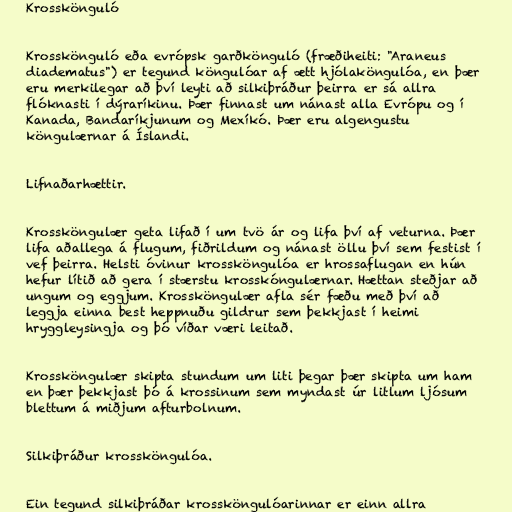
Krosskönguló

Krosskönguló eða evrópsk garðkönguló (fræðiheiti: "Araneus
diadematus") er tegund köngulóar af ætt hjólaköngulóa, en þær
eru merkilegar að því leyti að silkiþráður þeirra er sá allra
flóknasti í dýraríkinu. Þær finnast um nánast alla Evrópu og í
Kanada, Bandaríkjunum og Mexíkó. Þær eru algengustu
köngulærnar á Íslandi.

Lifnaðarhættir.

Krossköngulær geta lifað í um tvö ár og lifa því af veturna. Þær
lifa aðallega á flugum, fiðrildum og nánast öllu því sem festist í
vef þeirra. Helsti óvinur krossköngulóa er hrossaflugan en hún
hefur lítið að gera í stærstu krosskóngulærnar. Hættan steðjar að
ungum og eggjum. Krossköngulær afla sér fæðu með því að
leggja einna best heppnuðu gildrur sem þekkjast í heimi
hryggleysingja og þó víðar væri leitað.

Krossköngulær skipta stundum um liti þegar þær skipta um ham
en þær þekkjast þó á krossinum sem myndast úr litlum ljósum
blettum á miðjum afturbolnum.

Silkiþráður krossköngulóa.

Ein tegund silkiþráðar krossköngulóarinnar er einn allra